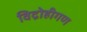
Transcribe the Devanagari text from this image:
विद्रोहीगण